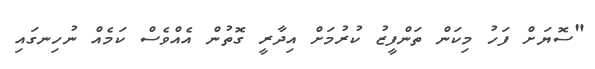
"ސޮޔަށް ފަހު މިކަން ތަންފީޒު ކުރުމަށް އިދާރީ ގޮތުން އެއްވެސް ކަމެއް ނުހިނގައި